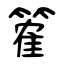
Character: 篧